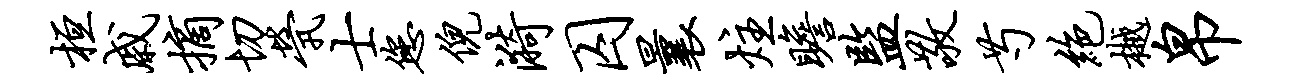
桓戚摘切茕士您倪漪囚曩炷瞻监敬芍绝樾帛